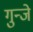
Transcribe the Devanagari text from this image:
गुन्जे